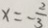
x = - \frac { 2 } { 3 }